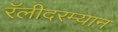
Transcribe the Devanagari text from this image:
रॅलीदरम्यान